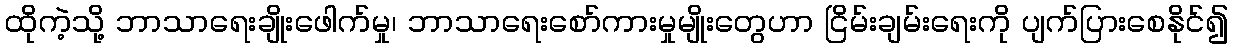
ထိုကဲ့သို့ ဘာသာရေးချိုးဖေါက်မှု၊ ဘာသာရေးစော်ကားမှုမျိုးတွေဟာ ငြိမ်းချမ်းရေးကို ပျက်ပြားစေနိုင်၍